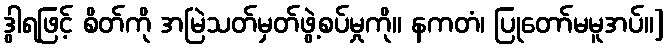
ဒွါရဖြင့် စိတ်ကို အမြဲသတ်မှတ်ဖွဲ့စပ်မှုကို။ နကတံ၊ ပြုတော်မမူအပ်။]